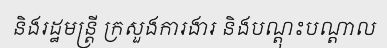
និងរដ្ឋមន្ត្រី ក្រសួងការងារ និងបណ្តុះបណ្តាល